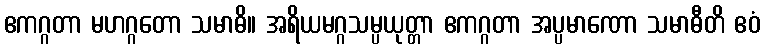
ဧကဂ္ဂတာ မဟဂ္ဂတော သမာဓိ။ အရိယမဂ္ဂသမ္ပယုတ္တာ ဧကဂ္ဂတာ အပ္ပမာဏော သမာဓီတိ ဧဝံ